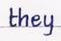
they